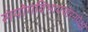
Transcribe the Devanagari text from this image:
संयोगविभागयोरनपेक्षो